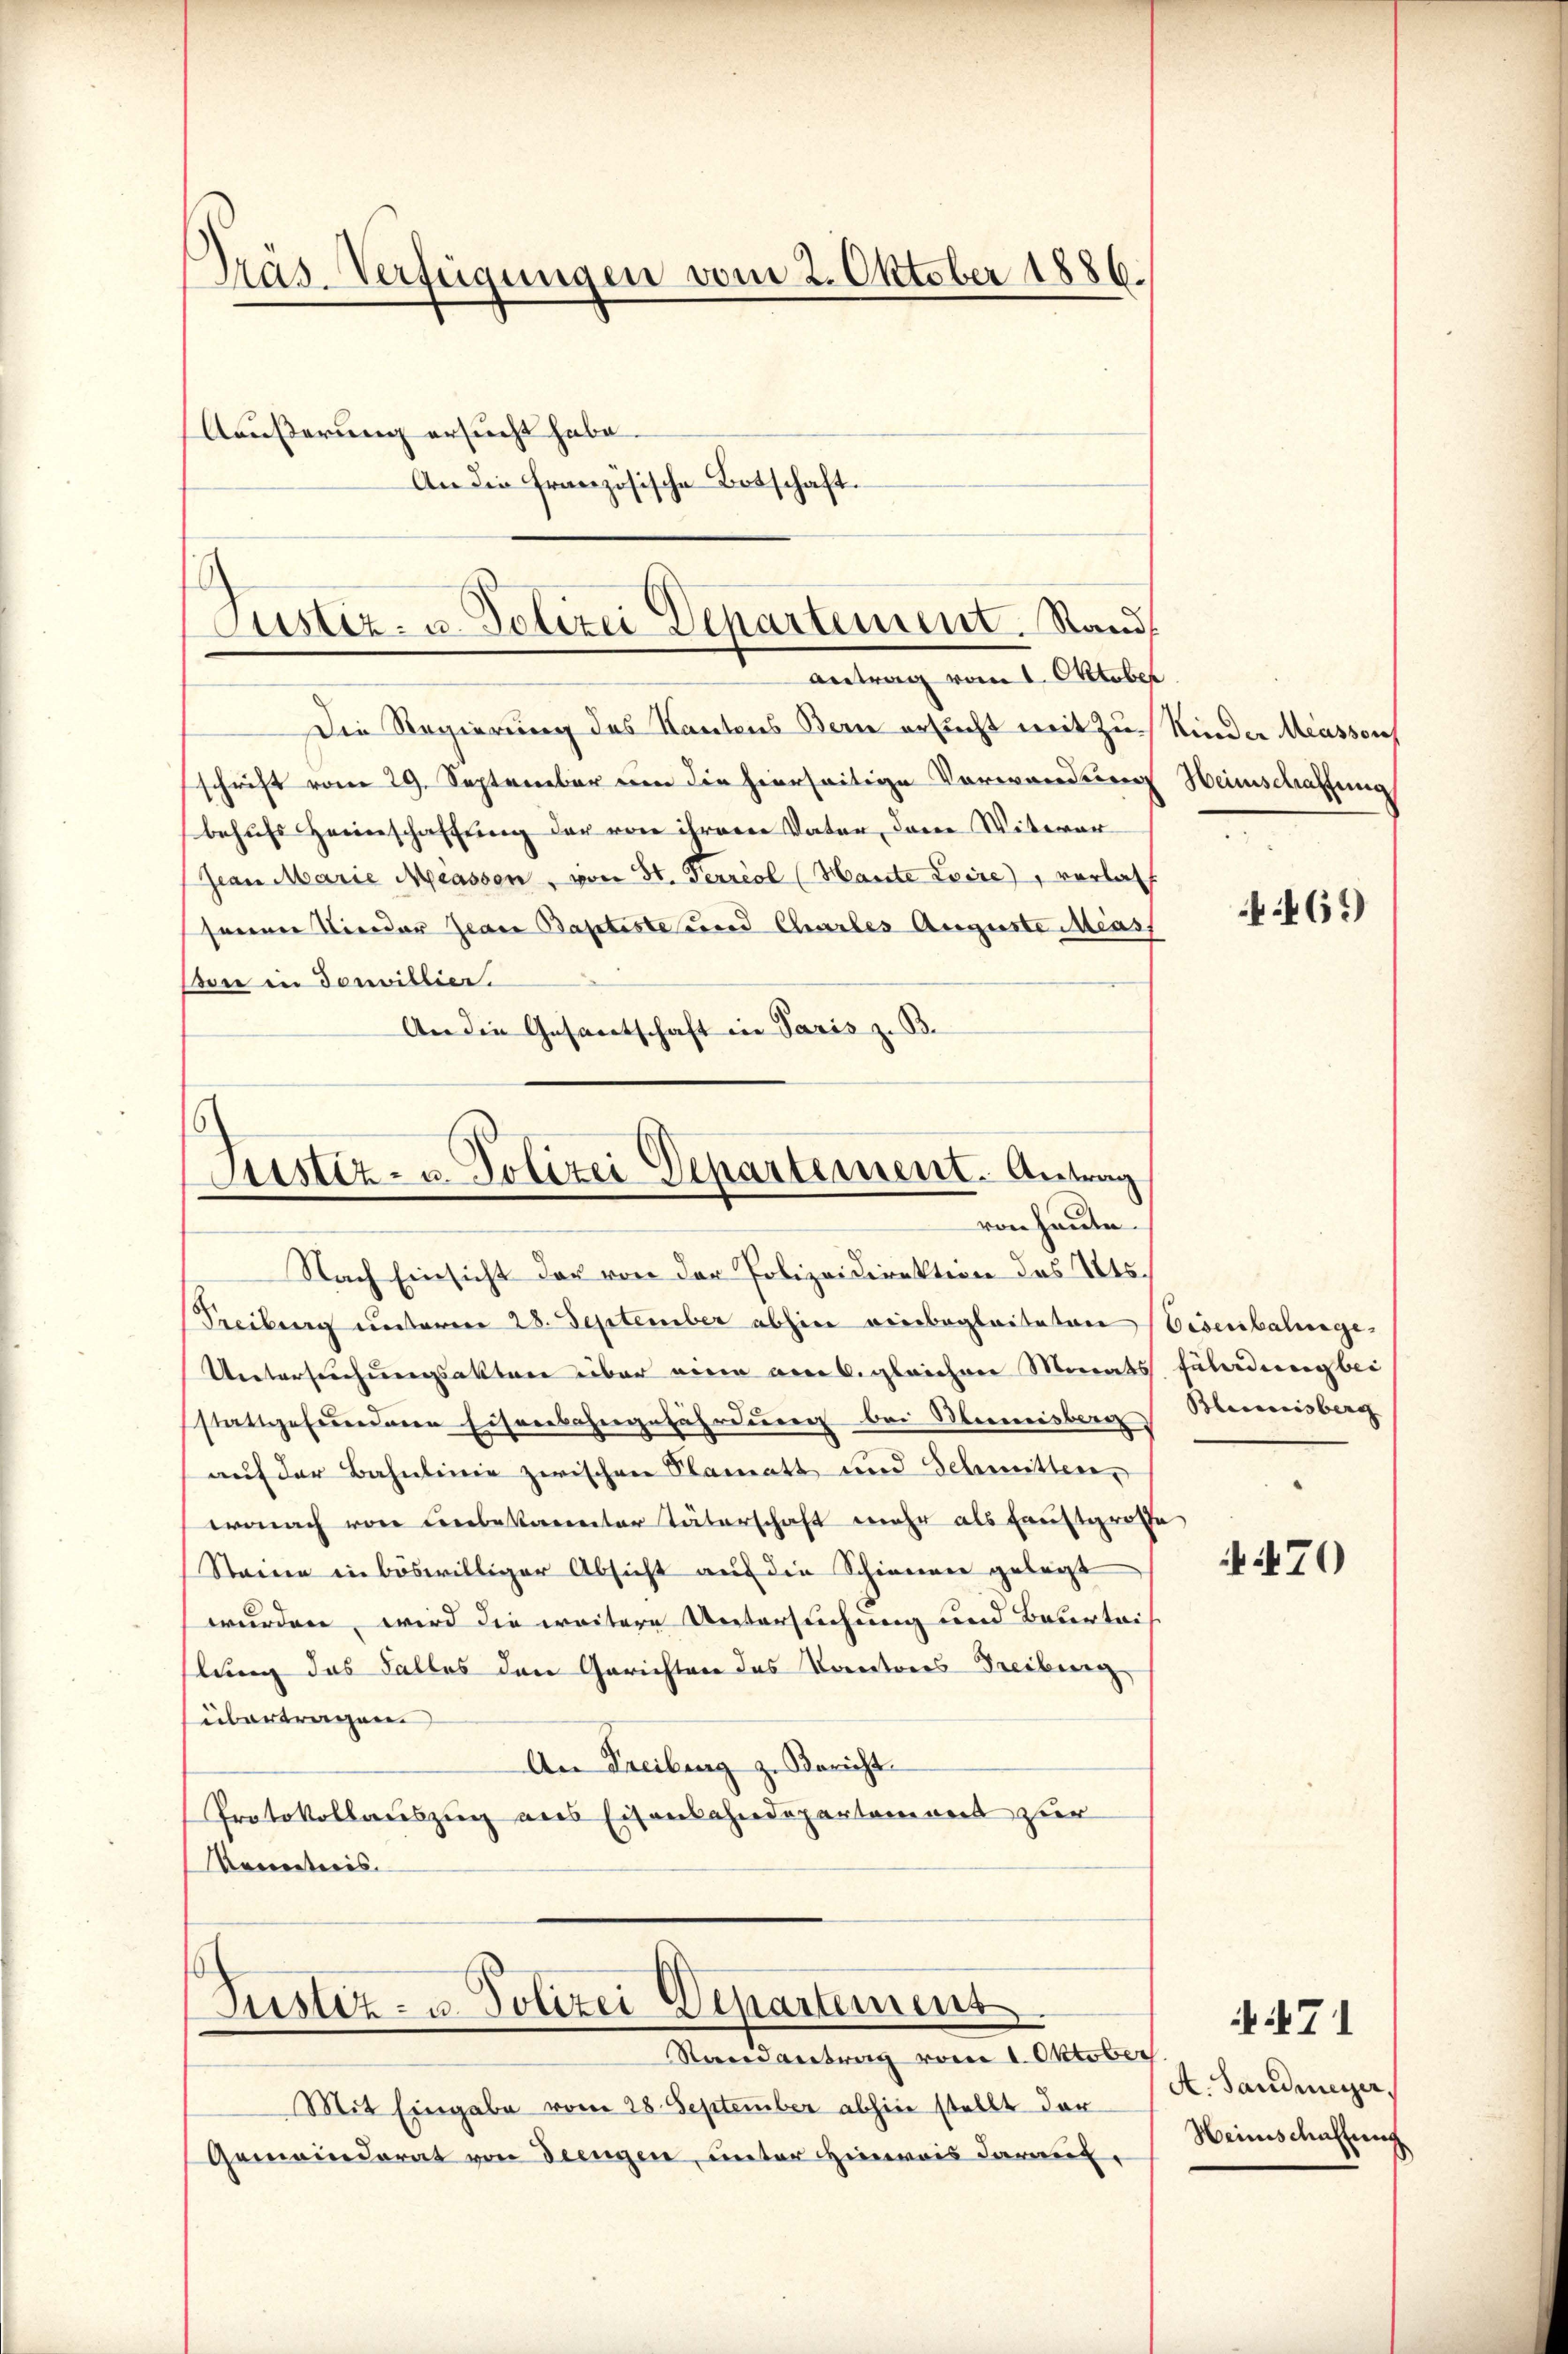
Präs-Verfügungen vom 2. Oktober 1886.
Ääußerung ersucht habe.
An die französische Botschaft.

Justiz- u. Polizei Departement. Stand
antrag vom 1. Oktober

Die Regierung des Kantons Bern ersucht mit zu Kinder Meussons
schrift vom 29. September um die hierseitige Vorwandung
behufs Heimschaftung der von ihrerer Vater, dann Witwer
Jean Marie Massen, von St. Ferriol (Haute Loire, verlas
seiner Nieder Jean Baptiste und Chartes Auguste Mass
von in douvillien.
An die Gesandtschaft in Paris z. B.
Nach Einsicht der von der Polizeidirektion des Kts.
Freiburg unteren 28. September abhin einbegleiteten Eisenbalunge
Untersuchungsaktere über eine am 6. gleichen Monats
stattgefundene Eisenbahngefährdung bei Heimisberg
auf der Bahnlinie zwischen Slamatt und Schmitten,
wonach von unbekannter Täterschaft mehr als Faustgrosse
Staine in böswilliger Absicht auf die Schienen gelegt
wurden, wird die weitere Untersuchung und Beurteis
hlung das Falles den Gerichten das Korectores Freiburg
übertragen.
An Freiburg z. Bericht
Protokollauszug aus Eisenbahndepartement zur
Kenntnis

6
Justiz- u. Polizei Departement. Antrag
von heute.

Justiz- u. Polizei Departement
Streidantrag vom 1. Oktober

Mit Eingabe vom 28. September abhin stellt der
Gemeinderat von diengen, unter Hinweis darauf.

Heimschaffung

469)

Fäladung bei |
Blenisberg

470

A. Sandmeyer,
Weinschaftung

71